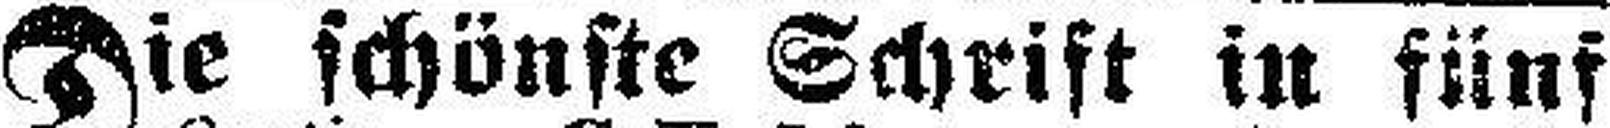
Die schönste Schrift in fünf